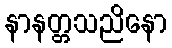
နာနတ္တသညိနော